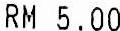
RM 5.00